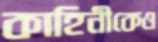
কাহিনীকেও